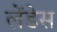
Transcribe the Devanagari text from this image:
लेंडेस